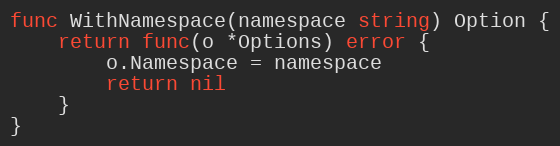
Language: Go
func WithNamespace(namespace string) Option {
	return func(o *Options) error {
		o.Namespace = namespace
		return nil
	}
}